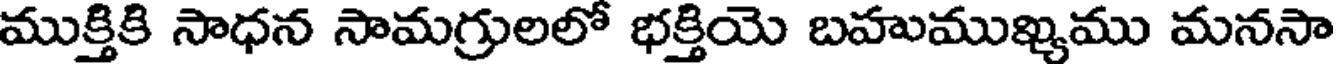
ముక్తికి సాధన సామగ్రులలో భక్తియె బహుముఖ్యము మనసా